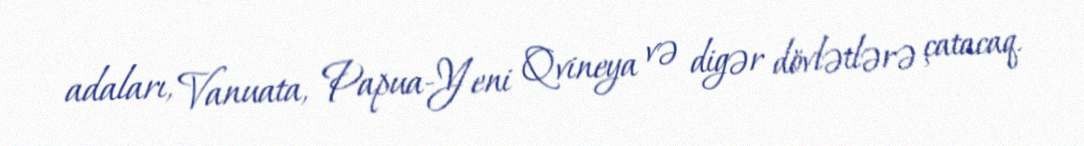
adaları, Vanuata, Papua-Yeni Qvineya və digər dövlətlərə çatacaq.